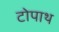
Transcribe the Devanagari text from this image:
टोपाथ